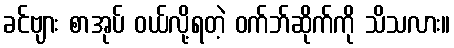
ခင်ဗျား စာအုပ် ဝယ်လို့ရတဲ့ ဝက်ဘ်ဆိုက်ကို သိသလား။